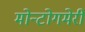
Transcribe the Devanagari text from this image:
मोन्टोगमेरी